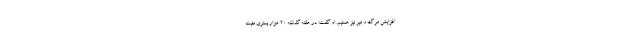
افزایش مرگ و میر نیز هستیم. او گفت: در هفته گذشته ۲۰ هزار بستری مثبت